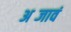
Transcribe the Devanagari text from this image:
अब्जावं